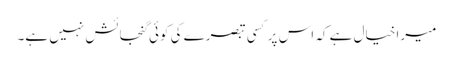
میرا خیال ہے کہ اس پر کسی تبصرے کی کوئی گنجائش نہیں ہے۔